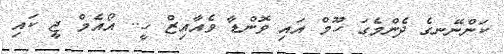
ކަންނޭނގެ ދެންމެގަ ހޫމް އައި ވޮންޑާ ވެއާއިޒް ހީ.. އޯއެމް ޖީ ކައި